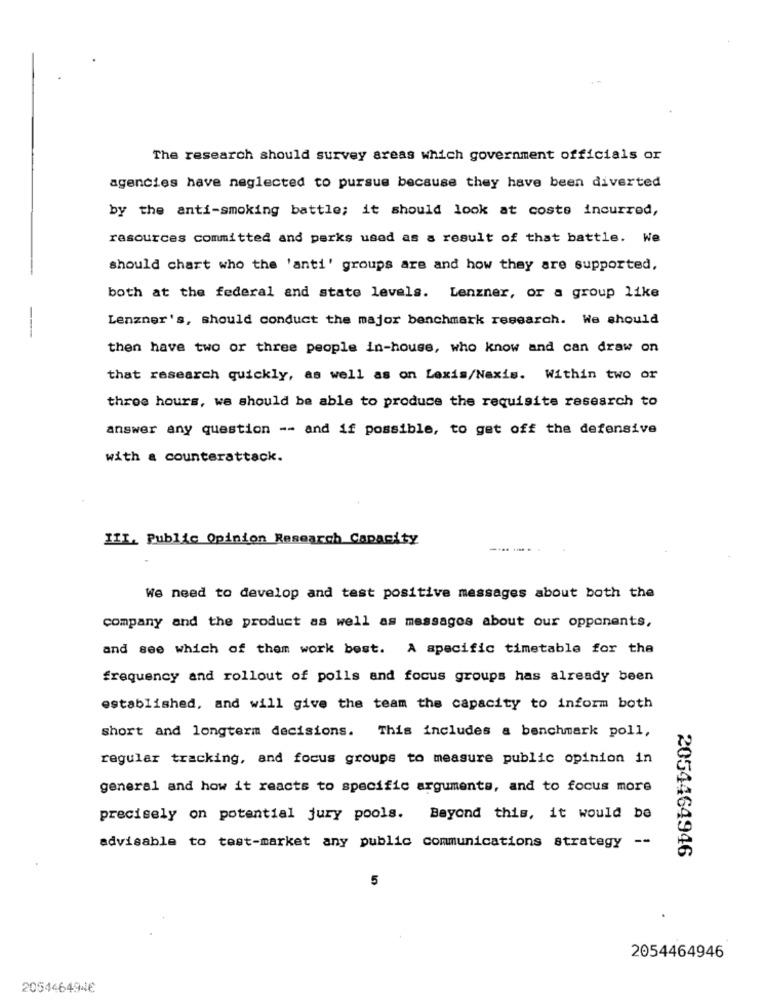
The research should survey areas which government officials or
agencies have neglected to pursue because they have been diverted
by the anti-smoking battle; it should look at costs incurred,
rasources committed and parks used as a result of that battle. We
should chart who the 'anti' groups are and how they are supported,
both at the federal and state levels. Lenzner, or a group like
Lenzner's, should conduct the major benchmark research. We should
then have two or three people in-house, who know and can draw on
that research quickly, as well as on Lexis/Nexis. Within two or
three hours, we should be able to produce the requisite research to
answer any question -- and if possible, to get off the defensive
with a counterattack.
III, Public Opinion Research Capacity
We need to develop and test positive messages about both the
company and the product as well as messages about our opponents,
and see which of them work best. A specific timetable for the
frequency and rollout of polls and focus groups has already been
established, and will give the team the capacity to inform both
short and longterm decisions. This includes a benchmark poll,
regular tracking, and focus groups to measure public opinion in
general and how it reacts to specific arguments, and to focus more
precisely on potential jury pools. Beyond this, it would be
advisable to test-market any public communications strategy --
2054464946
5
2054464946
205446494€